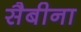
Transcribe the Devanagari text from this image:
सैबीना